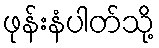
ဖုန်းနံပါတ်သို့